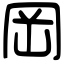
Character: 岡